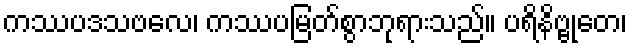
ကဿပဒသဗလေ၊ ကဿပမြတ်စွာဘုရားသည်။ ပရိနိဗ္ဗုတေ၊